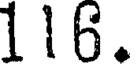
116.